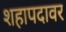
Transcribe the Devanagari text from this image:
शहापदावर